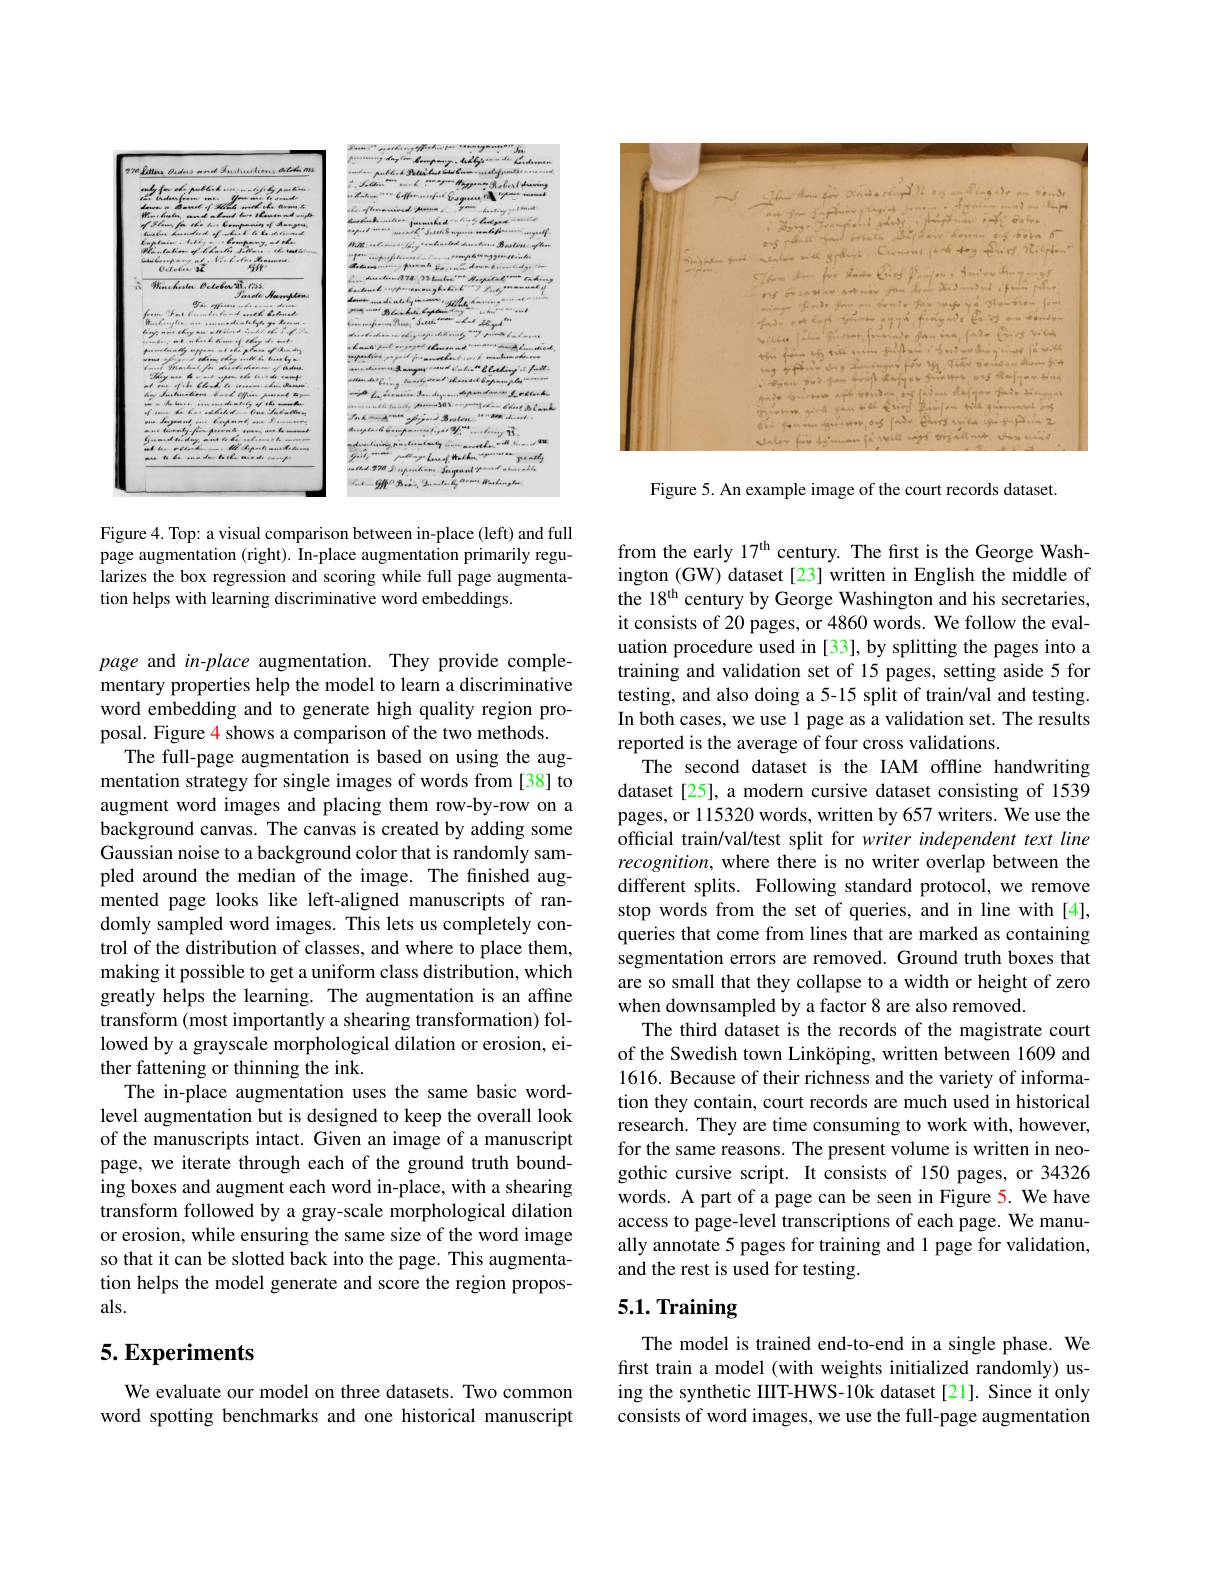
<FigureHere>

Figure 4. Top: a visual comparison between in-place (left) and full page augmentation (right). In-place augmentation primarily regularizes the box regression and scoring while full page augmentation helps with learning discriminative word embeddings.

page and in-place augmentation. They provide complementary properties help the model to learn a discriminative word embedding and to generate high quality region proposal. Figure 4 shows a comparison of the two methods.
The full-page augmentation is based on using the augmentation strategy for single images of words from [38] to augment word images and placing them row-by-row on a background canvas. The canvas is created by adding some Gaussian noise to a background color that is randomly sampled around the median of the image. The finished augmented page looks like left-aligned manuscripts of randomly sampled word images. This lets us completely control of the distribution of classes, and where to place them, making it possible to get a uniform class distribution, which greatly helps the learning. The augmentation is an affine transform (most importantly a shearing transformation) followed by a grayscale morphological dilation or erosion, either fattening or thinning the ink.
The in-place augmentation uses the same basic wordlevel augmentation but is designed to keep the overall look of the manuscripts intact. Given an image of a manuscript page, we iterate through each of the ground truth bounding boxes and augment each word in-place, with a shearing transform followed by a gray-scale morphological dilation or erosion, while ensuring the same size of the word image so that it can be slotted back into the page. This augmentation helps the model generate and score the region proposals.

## 5. Experiments

We evaluate our model on three datasets. Two common word spotting benchmarks and one historical manuscript

<FigureHere>

Figure 5. An example image of the court records dataset.

from the early 17$^\mathrm{th}$ century. The frst is the George Washington (GW) dataset [23] written in English the middle of the 18$^\mathrm{th}$ century by George Washington and his secretaries, it consists of 20 pages, or 4860 words. We follow the evaluation procedure used in [33], by splitting the pages into a training and validation set of 15 pages, setting aside 5 for testing, and also doing a 5-15 split of train/val and testing. In both cases, we use 1 page as a validation set. The results reported is the average of four cross validations.
The second dataset is the IAM offline handwriting dataset [25], a modern cursive dataset consisting of 1539 pages, or 115320 words, written by 657 writers. We use the official train/val/test split for writer independent text line recognition, where there is no writer overlap between the different splits. Following standard protocol, we remove stop words from the set of queries, and in line with[4], queries that come from lines that are marked as containing segmentation errors are removed. Ground truth boxes that are so small that they collapse to a width or height of zero when downsampled by a factor 8 are also removed.
The third dataset is the records of the magistrate court of the Swedish town Linköping, written between 1609 and 1616. Because of their richness and the variety of information they contain, court records are much used in historical research. They are time consuming to work with, however, for the same reasons. The present volume is written in neogothic cursive script. It consists of 150 pages, or 34326 words. A part of a page can be seen in Figure 5. We have access to page-level transcriptions of each page. We manually annotate 5 pages for training and 1 page for validation, and the rest is used for testing.
5.1. Training

The model is trained end-to-end in a single phase. We first train a model (with weights initialized randomly) using the synthetic IIIT-HWS-10k dataset [21]. Since it only consists of word images, we use the full-page augmentation